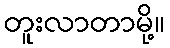
တူးလာတာမို့။